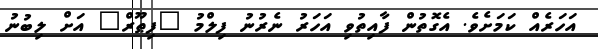
އަހަރެއް ކަމަށެވެ. އެގޮތުން ފާއިތުވި އަހަރު ނެރުނު ފިލްމު "ފިޠޫރް" އަށް ލިބުނު